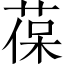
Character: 葆